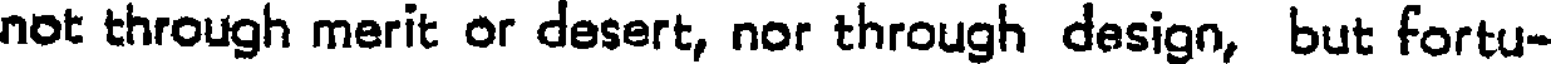
not through merit or desert, nor through design, but fortu-